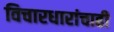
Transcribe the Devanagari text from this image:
विचारधारांचाही